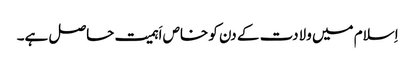
اِسلام میں ولادت کے دن کو خاص اَہمیت حاصل ہے۔